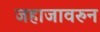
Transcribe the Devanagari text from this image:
जहाजावरुन